Indian journal of veterinary science and animal husbandry - Volumes 18-21, 1948-1951
Year: 1948
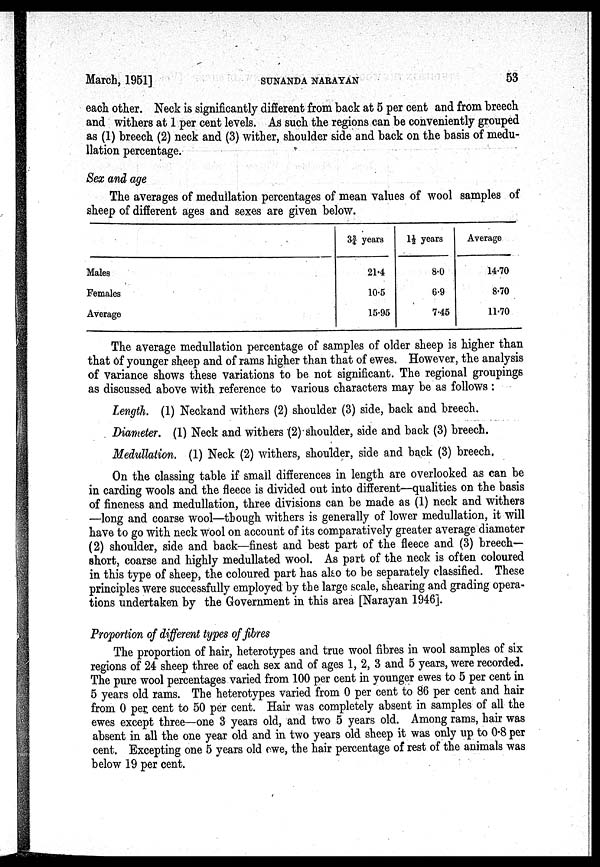
March, 1951]
SUNANDA
NARAYAN
53
each other. Neck is significantly different from back at 5 per cent and from breech
and withers at 1 per cent levels. As such the regions can be conveniently grouped
as (1) breech (2) neck and (3) wither, shoulder side and back on the basis of medu-
llation percentage.
Sex and age
The averages of medullation percentages of mean values of wool samples of
sheep of different ages and sexes are given below.
Males
Females
Average
3¾ years
21.4
10.5
15.95
1½ years
8.0
6.9
7.45
Average
14.70
8.70
11.70
The average medullation percentage of samples of older sheep is higher than
that of younger sheep and of rams higher than that of ewes. However, the analysis
of variance shows these variations to be not significant. The regional groupings
as discussed above with reference to various characters may be as follows:
Length. (1) Neckand withers (2) shoulder (3) side, back and breech.
Diameter. (1) Neck and withers (2) shoulder, side and back (3) breech.
Medullation. (1) Neck (2) withers, shoulder, side and back (3) breech.
On the classing table if small differences in length are overlooked as can be
in carding wools and the fleece is divided out into different—qualities on the basis
of fineness and medullation, three divisions can be made as (1) neck and withers
—long and coarse wool—though withers is generally of lower medullation, it will
have to go with neck wool on account of its comparatively greater average diameter
(2) shoulder, side and back—finest and best part of the fleece and (3) breech-
short, coarse and highly medullated wool. As part of the neck is often coloured
in this type of sheep, the coloured part has also to be separately classified. These
principles were successfully employed by the large scale, shearing and grading opera-
tions undertaken by the Government in this area [Narayan 1946].
Proportion of different types of fibres
The proportion of hair, heterotypes and true wool fibres in wool samples of six
regions of 24 sheep three of each sex and of ages 1, 2, 3 and 5 years, were recorded.
The pure wool percentages varied from 100 per cent in younger ewes to 5 per cent in
5 years old rams. The heterotypes varied from 0 per cent to 86 per cent and hair
from 0 per cent to 50 per cent. Hair was completely absent in samples of all the
ewes except three—one 3 years old, and two 5 years old. Among rams, hair was
absent in all the one year old and in two years old sheep it was only up to 0.8 per
cent. Excepting one 5 years old owe, the hair percentage of rest of the animals was
below 19 per cent.